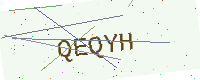
Text: QEQYH